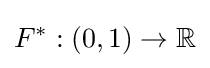
F^{*}:\left(0,1\right)\rightarrow \mathbb {R}